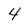
Character: 4